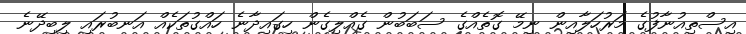
އިސްތިއުނާފުގެ މަރުހަލާއިން ނިމޭ ގޮތެއްގެ ސަބަބުން ގެއްލިގެން ހިގައިދާނެ ހައްގުތަކެއް އަނބުރައި ލިބިދޭނެ